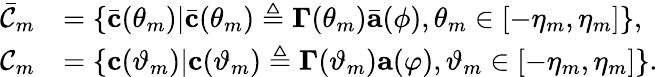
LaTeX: \begin{array}{rl}{\bar{\mathcal{C}}_{m}}&{=\{ \bar{\mathbf{c}}(\theta_{m})|\bar{\mathbf{c}}(\theta_{m})\triangleq\boldsymbol{\Gamma}(\theta_{m})\bar{\mathbf{a}}(\phi),\theta_{m}\in[-\eta_{m},\eta_{m}]\} ,}\\ {\mathcal{C}_{m}}&{=\{ \mathbf{c}(\vartheta_{m})|\mathbf{c}(\vartheta_{m})\triangleq\boldsymbol{\Gamma}(\vartheta_{m})\mathbf{a}(\varphi),\vartheta_{m}\in[-\eta_{m},\eta_{m}]\} .}\end{array}